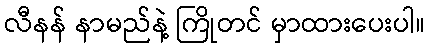
လီနန် နာမည်နဲ့ ကြိုတင် မှာထားပေးပါ။